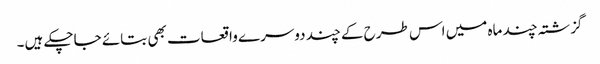
گزشتہ چند ماہ میں اس طرح کے چند دوسرے واقعات بھی بتائے جاچکے ہیں۔